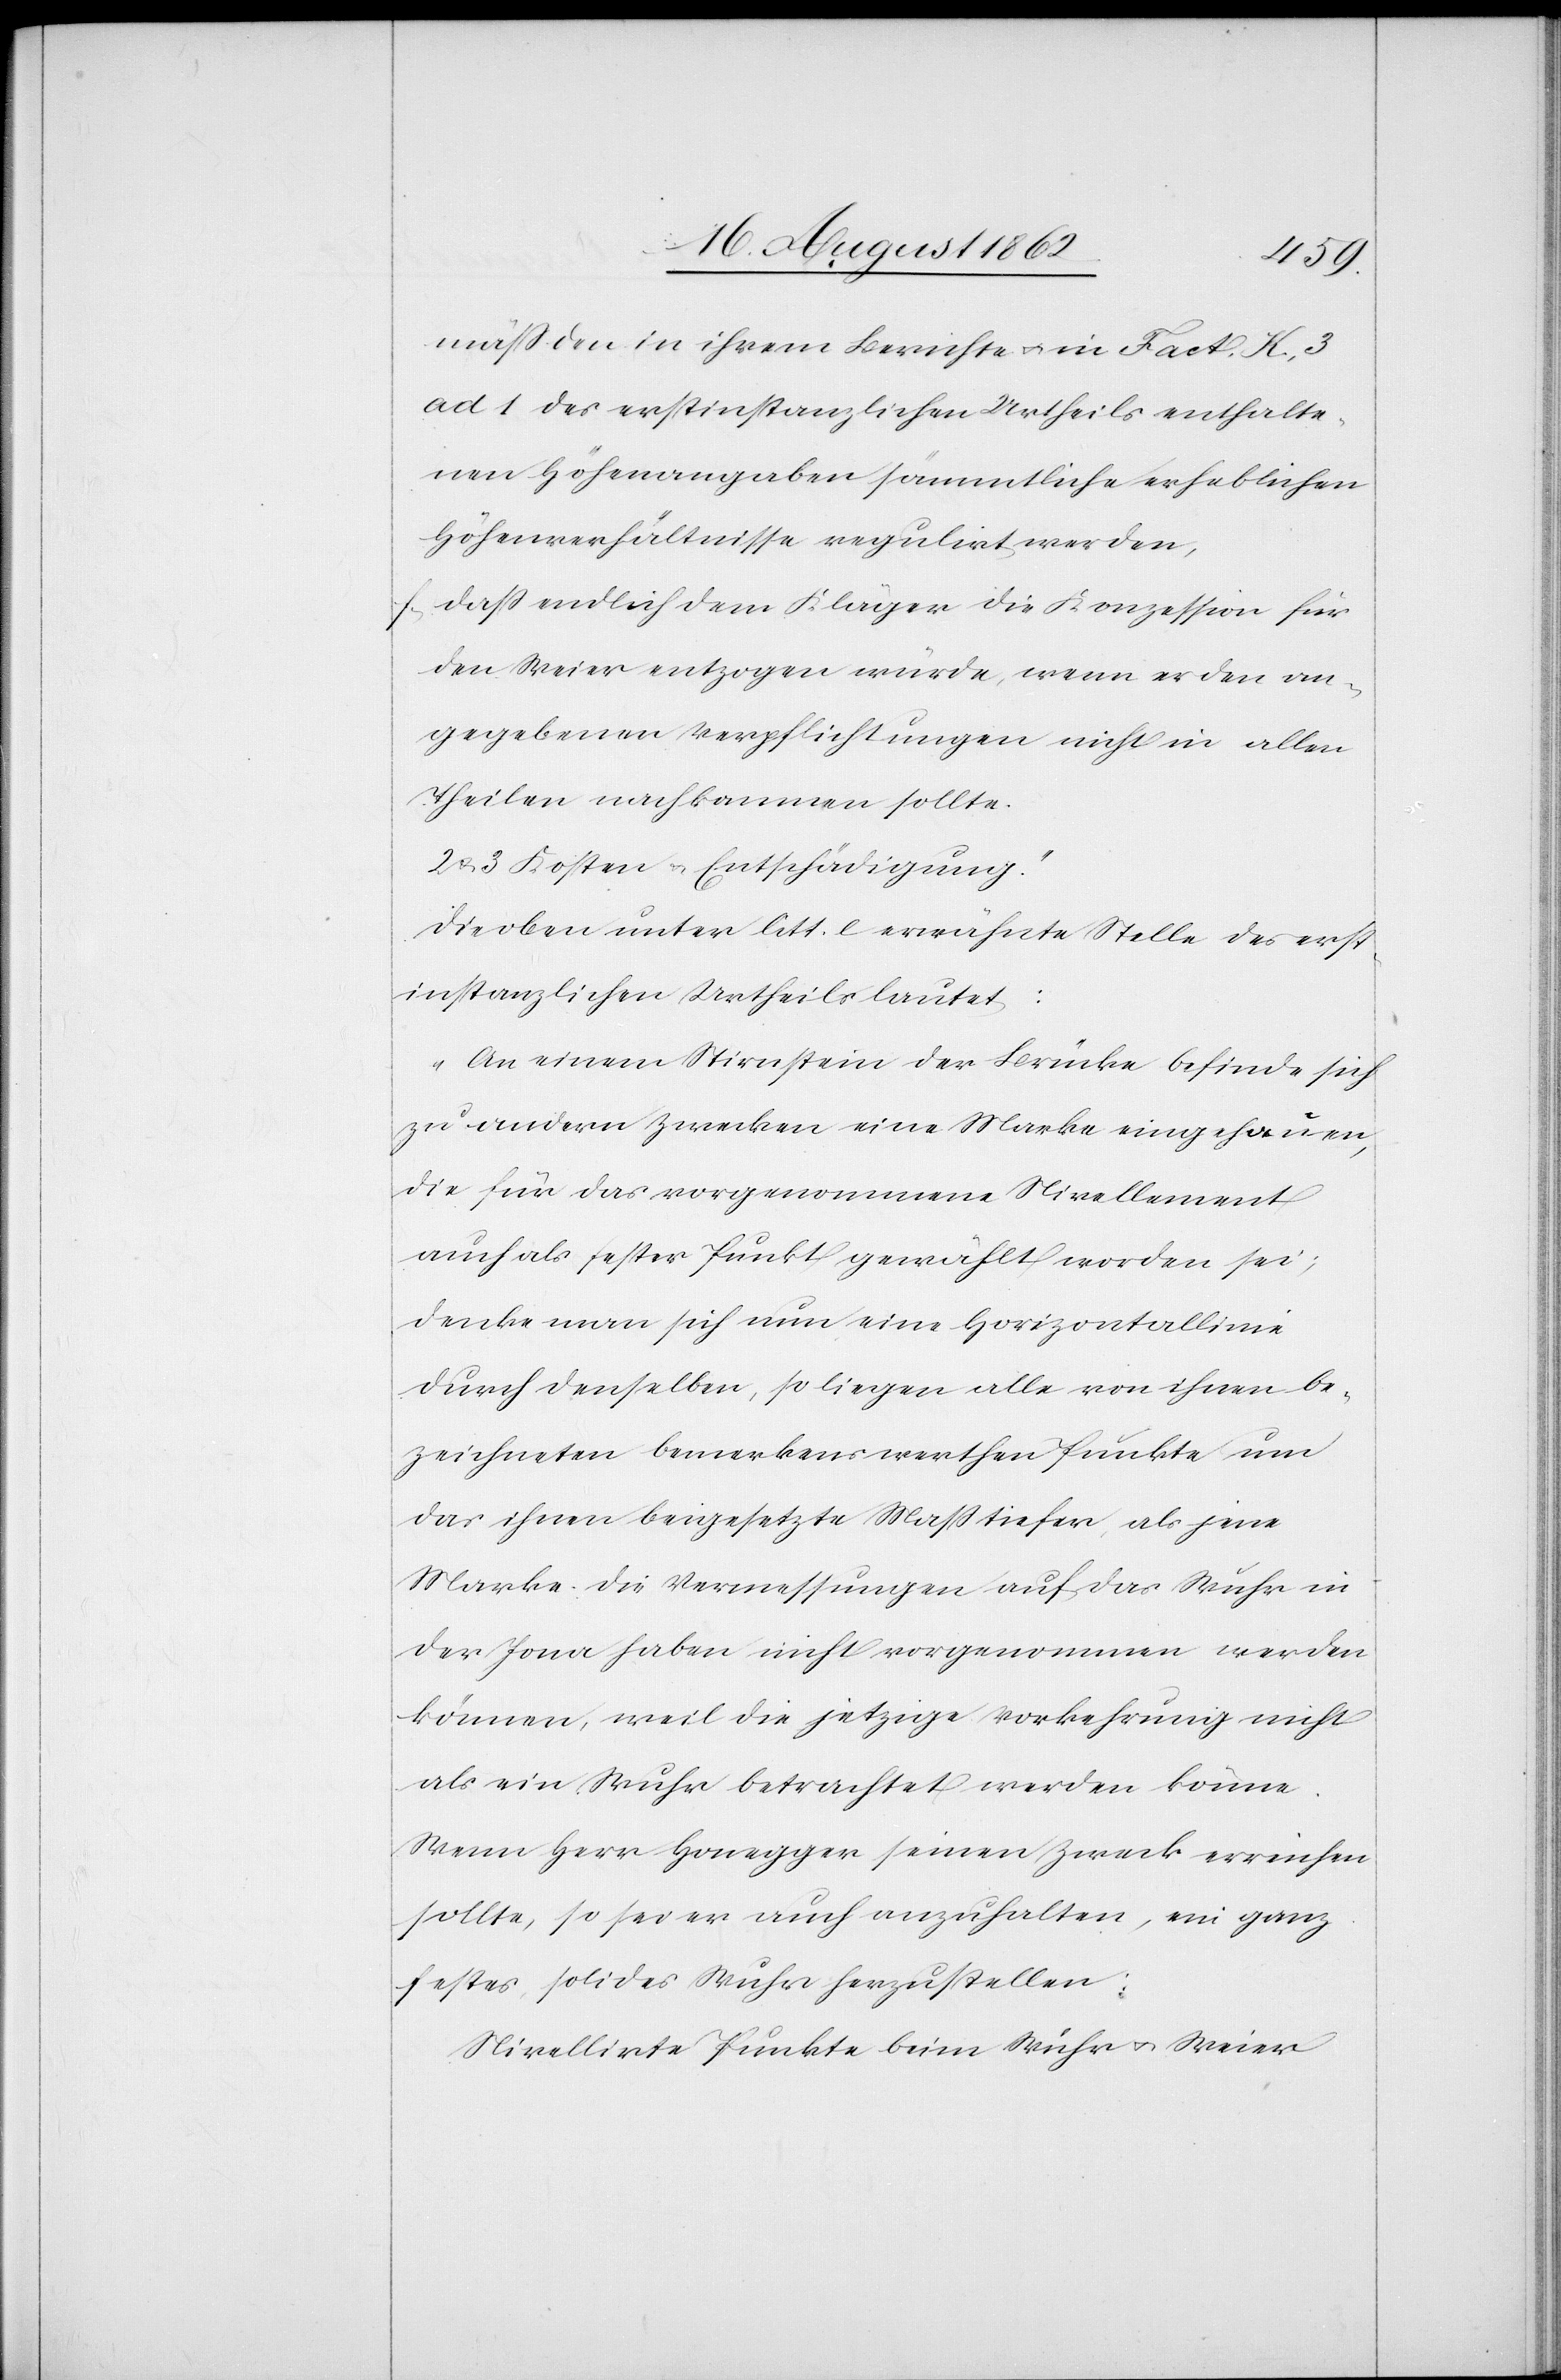
mäß den in ihrem Berichte u. in Fact. K. 3
ad a des erstinstanzlichen Urheils enthalte¬
nen Höhenangaben sämmtliche erheblichen
Höhenverhältnisse regulirt werden,
f. daß endlich dem Kläger die Konzession für
den Weier entzogen würde, wenn er den an¬
gegebenen Verpflichtungen nicht in allen
Theilen nachkommen sollte.
2 u. 3 Kosten u. Entschädigung.“
Die oben unter litt. e erwähnte Stelle des erst¬
instanzlichen Urtheils lautet:
„An einem Stirnstein der Brücke befinde sich
zu andern Zwecken eine Marke eingehauen,
die für das vorgenommene Nivellement
auch als fester Punkt gewählt worden sei;
denke man sich nun eine Horizontallinie
durch denselben, so liegen alle von ihnen be¬
zeichneten bemerkenswerthen Punkte um
das ihnen beigesetzte Maß tiefer, als jene
Marke. Die Vermessungen auf das Wuhr in
der Jona haben nicht vorgenommen werden
können, weil die jetzige Vorkehrung nicht
als ein Wuhr betrachtet werden könne.
Wenn Herr Honegger seinen Zweck erreichen
sollte, so sei er auch anzuhalten, ein ganz
festes, solides Wuhr herzustellen.
Nivellirte Punkte beim Wuhr u. Weier